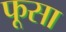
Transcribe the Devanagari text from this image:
फूसा